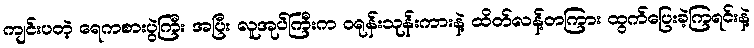
ကျင်းပတဲ့ ရေကစားပွဲကြီး အပြီး လူအုပ်ကြီးက ဝရုန်းသုန်းကားနဲ့ ထိတ်လန့်တကြား ထွက်ပြေးခဲ့ကြရင်းနဲ့